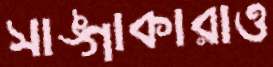
সাঙ্গাকারাও